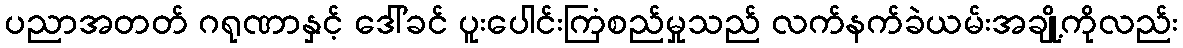
ပညာအတတ် ဂရုဏာနှင့် ဒေါ်ခင် ပူးပေါင်းကြံစည်မှုသည် လက်နက်ခဲယမ်းအချို့ကိုလည်း